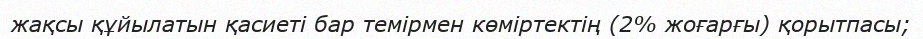
жақсы құйылатын қасиеті бар темірмен көміртектің (2% жоғарғы) қорытпасы;